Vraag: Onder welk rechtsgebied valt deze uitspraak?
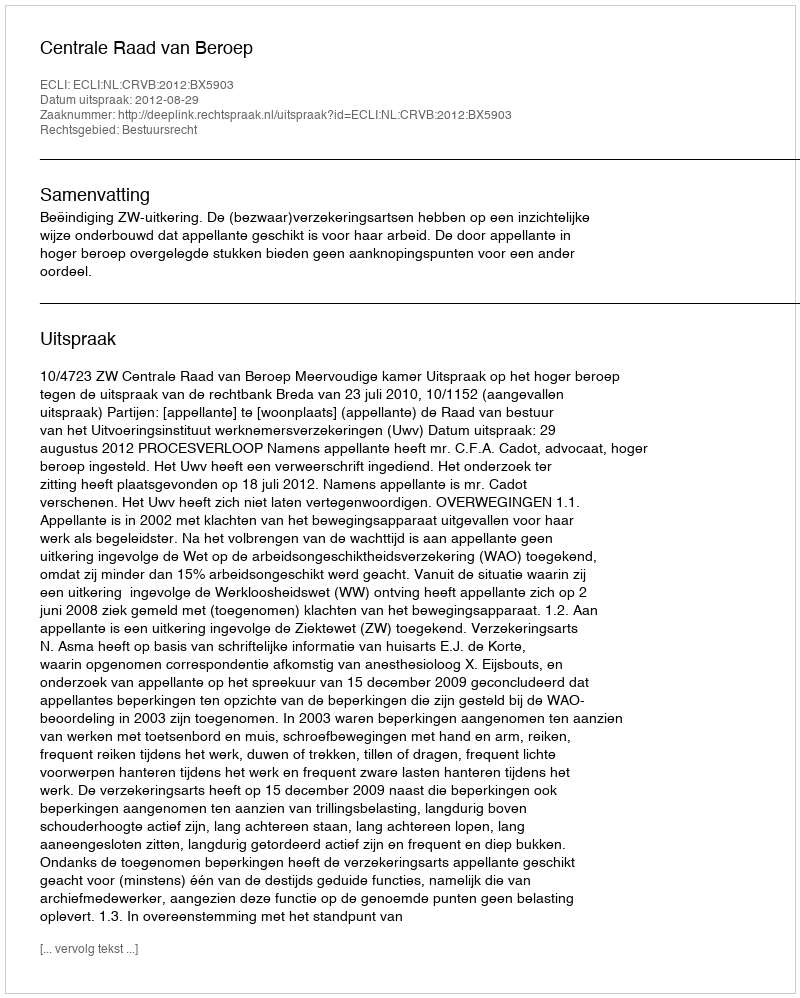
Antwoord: Bestuursrecht